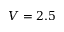
V = 2 . 5